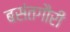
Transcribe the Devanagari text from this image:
बसंतगौरी